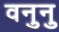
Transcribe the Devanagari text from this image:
वनुनु